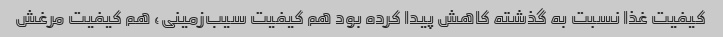
کیفیت غذا نسبت به گذشته کاهش پیدا کرده بود هم کیفیت سیب‌زمینی، هم کیفیت مرغش